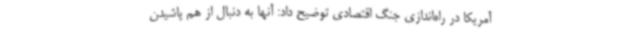
آمریکا در راه‌اندازی جنگ اقتصادی توضیح داد: آنها به دنبال از هم پاشیدن